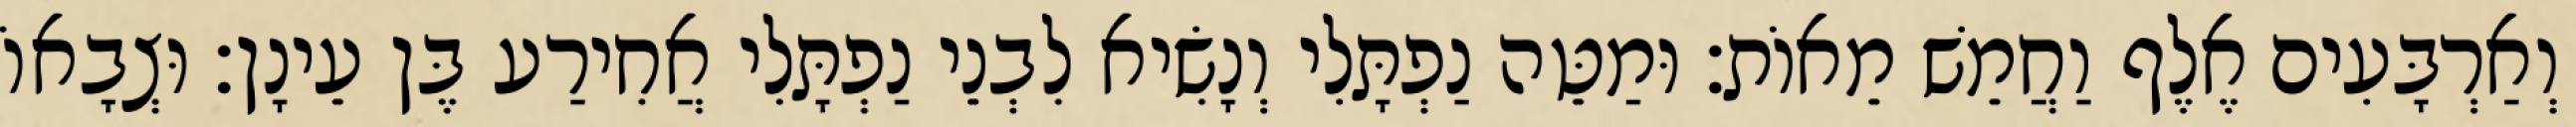
וְאַרְבָּעִים אֶלֶף וַחֲמֵשׁ מֵאוֹת׃ וּמַטֵּה נַפְתָּלִי וְנָשִׂיא לִבְנֵי נַפְתָּלִי אֲחִירַע בֶּן עֵינָן׃ וּצְבָאוֹ